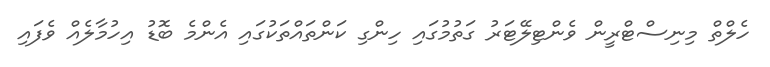
ހެލްތް މިނިސްޓްރީން ވެންޓިލޭޓަރު ގަތުމުގައި ހިންގި ކަންތައްތަކުގައި އެންމެ ބޮޑު އިހުމާލެއް ވެފައި